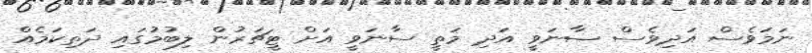
ނަމަވެސް އަދިވެސް ސާނަވީ އަދި މަތީ ސާނަވީ އަށް ޓީޗަރުން ލިބުމުގައި ދަތިކަމެއް